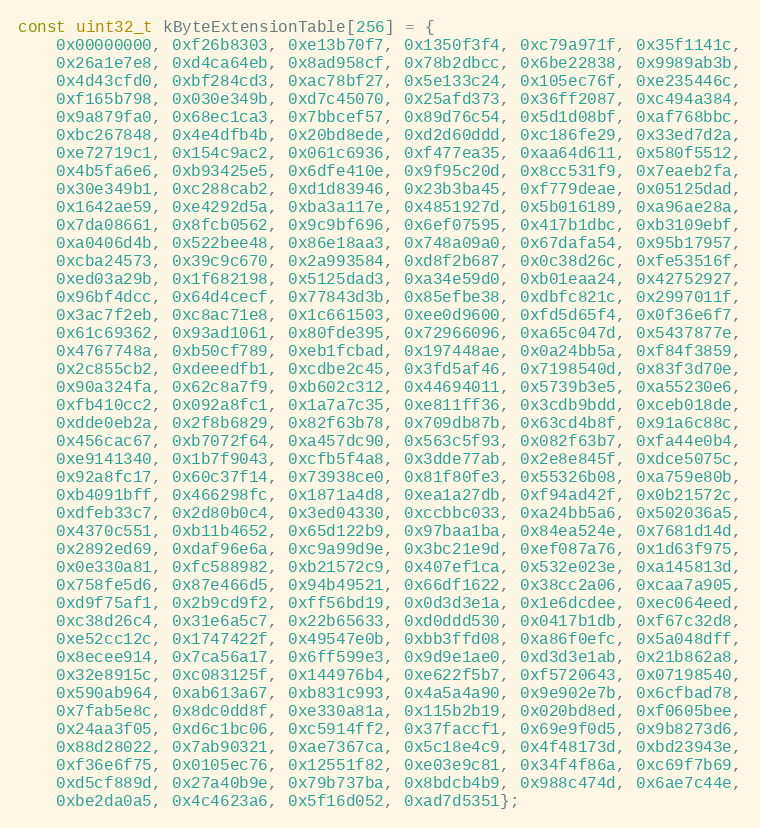
Language: C++
const uint32_t kByteExtensionTable[256] = {
    0x00000000, 0xf26b8303, 0xe13b70f7, 0x1350f3f4, 0xc79a971f, 0x35f1141c,
    0x26a1e7e8, 0xd4ca64eb, 0x8ad958cf, 0x78b2dbcc, 0x6be22838, 0x9989ab3b,
    0x4d43cfd0, 0xbf284cd3, 0xac78bf27, 0x5e133c24, 0x105ec76f, 0xe235446c,
    0xf165b798, 0x030e349b, 0xd7c45070, 0x25afd373, 0x36ff2087, 0xc494a384,
    0x9a879fa0, 0x68ec1ca3, 0x7bbcef57, 0x89d76c54, 0x5d1d08bf, 0xaf768bbc,
    0xbc267848, 0x4e4dfb4b, 0x20bd8ede, 0xd2d60ddd, 0xc186fe29, 0x33ed7d2a,
    0xe72719c1, 0x154c9ac2, 0x061c6936, 0xf477ea35, 0xaa64d611, 0x580f5512,
    0x4b5fa6e6, 0xb93425e5, 0x6dfe410e, 0x9f95c20d, 0x8cc531f9, 0x7eaeb2fa,
    0x30e349b1, 0xc288cab2, 0xd1d83946, 0x23b3ba45, 0xf779deae, 0x05125dad,
    0x1642ae59, 0xe4292d5a, 0xba3a117e, 0x4851927d, 0x5b016189, 0xa96ae28a,
    0x7da08661, 0x8fcb0562, 0x9c9bf696, 0x6ef07595, 0x417b1dbc, 0xb3109ebf,
    0xa0406d4b, 0x522bee48, 0x86e18aa3, 0x748a09a0, 0x67dafa54, 0x95b17957,
    0xcba24573, 0x39c9c670, 0x2a993584, 0xd8f2b687, 0x0c38d26c, 0xfe53516f,
    0xed03a29b, 0x1f682198, 0x5125dad3, 0xa34e59d0, 0xb01eaa24, 0x42752927,
    0x96bf4dcc, 0x64d4cecf, 0x77843d3b, 0x85efbe38, 0xdbfc821c, 0x2997011f,
    0x3ac7f2eb, 0xc8ac71e8, 0x1c661503, 0xee0d9600, 0xfd5d65f4, 0x0f36e6f7,
    0x61c69362, 0x93ad1061, 0x80fde395, 0x72966096, 0xa65c047d, 0x5437877e,
    0x4767748a, 0xb50cf789, 0xeb1fcbad, 0x197448ae, 0x0a24bb5a, 0xf84f3859,
    0x2c855cb2, 0xdeeedfb1, 0xcdbe2c45, 0x3fd5af46, 0x7198540d, 0x83f3d70e,
    0x90a324fa, 0x62c8a7f9, 0xb602c312, 0x44694011, 0x5739b3e5, 0xa55230e6,
    0xfb410cc2, 0x092a8fc1, 0x1a7a7c35, 0xe811ff36, 0x3cdb9bdd, 0xceb018de,
    0xdde0eb2a, 0x2f8b6829, 0x82f63b78, 0x709db87b, 0x63cd4b8f, 0x91a6c88c,
    0x456cac67, 0xb7072f64, 0xa457dc90, 0x563c5f93, 0x082f63b7, 0xfa44e0b4,
    0xe9141340, 0x1b7f9043, 0xcfb5f4a8, 0x3dde77ab, 0x2e8e845f, 0xdce5075c,
    0x92a8fc17, 0x60c37f14, 0x73938ce0, 0x81f80fe3, 0x55326b08, 0xa759e80b,
    0xb4091bff, 0x466298fc, 0x1871a4d8, 0xea1a27db, 0xf94ad42f, 0x0b21572c,
    0xdfeb33c7, 0x2d80b0c4, 0x3ed04330, 0xccbbc033, 0xa24bb5a6, 0x502036a5,
    0x4370c551, 0xb11b4652, 0x65d122b9, 0x97baa1ba, 0x84ea524e, 0x7681d14d,
    0x2892ed69, 0xdaf96e6a, 0xc9a99d9e, 0x3bc21e9d, 0xef087a76, 0x1d63f975,
    0x0e330a81, 0xfc588982, 0xb21572c9, 0x407ef1ca, 0x532e023e, 0xa145813d,
    0x758fe5d6, 0x87e466d5, 0x94b49521, 0x66df1622, 0x38cc2a06, 0xcaa7a905,
    0xd9f75af1, 0x2b9cd9f2, 0xff56bd19, 0x0d3d3e1a, 0x1e6dcdee, 0xec064eed,
    0xc38d26c4, 0x31e6a5c7, 0x22b65633, 0xd0ddd530, 0x0417b1db, 0xf67c32d8,
    0xe52cc12c, 0x1747422f, 0x49547e0b, 0xbb3ffd08, 0xa86f0efc, 0x5a048dff,
    0x8ecee914, 0x7ca56a17, 0x6ff599e3, 0x9d9e1ae0, 0xd3d3e1ab, 0x21b862a8,
    0x32e8915c, 0xc083125f, 0x144976b4, 0xe622f5b7, 0xf5720643, 0x07198540,
    0x590ab964, 0xab613a67, 0xb831c993, 0x4a5a4a90, 0x9e902e7b, 0x6cfbad78,
    0x7fab5e8c, 0x8dc0dd8f, 0xe330a81a, 0x115b2b19, 0x020bd8ed, 0xf0605bee,
    0x24aa3f05, 0xd6c1bc06, 0xc5914ff2, 0x37faccf1, 0x69e9f0d5, 0x9b8273d6,
    0x88d28022, 0x7ab90321, 0xae7367ca, 0x5c18e4c9, 0x4f48173d, 0xbd23943e,
    0xf36e6f75, 0x0105ec76, 0x12551f82, 0xe03e9c81, 0x34f4f86a, 0xc69f7b69,
    0xd5cf889d, 0x27a40b9e, 0x79b737ba, 0x8bdcb4b9, 0x988c474d, 0x6ae7c44e,
    0xbe2da0a5, 0x4c4623a6, 0x5f16d052, 0xad7d5351};